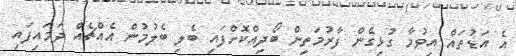
އެ އަޑުތައް އިވުމާ ގުޅިގެން ފާރުމަތިން ބޯދިއްކޮށްފައި ބެލި ބެލުމުން އެއްޗެއް ދަމައިފައި